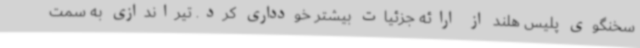
سخنگوی پلیس هلند از ارائه جزئیات بیشتر خودداری کرد. تیراندازی به سمت